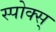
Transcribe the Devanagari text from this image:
स्पोक्स्